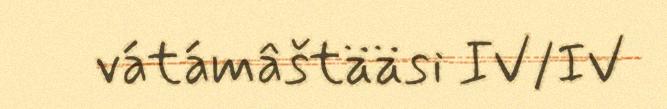
vátámâštääsi IV/IV